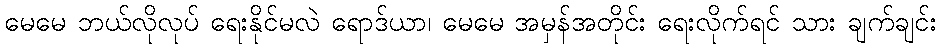
မေမေ ဘယ်လိုလုပ် ရေးနိုင်မလဲ ရောဒ်ယာ၊ မေမေ အမှန်အတိုင်း ရေးလိုက်ရင် သား ချက်ချင်း